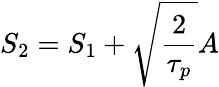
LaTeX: S_{2}=S_{1}+\sqrt{\frac{2}{\tau_{p}}}A